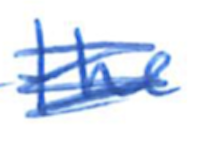
Text: the
Cross-out: scratch
Writing tool: ballpoint